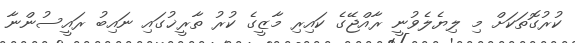
ކުރުގޮތަކަށް މި ލިޔެލެވުނީ ރާއްޖޭގެ ކައިރި މާޒީގެ ކުރު ތާރީޚުގައި ނައިބު ރައީސުންނާ